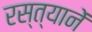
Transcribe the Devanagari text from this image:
रस्त्यानें